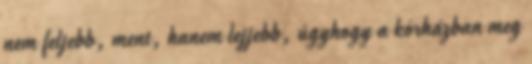
nem feljebb, ment, hanem lejjebb, úgyhogy a kórházban meg